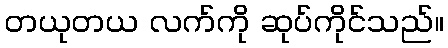
တယုတယ လက်ကို ဆုပ်ကိုင်သည်။